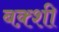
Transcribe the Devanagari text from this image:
बक़्शी